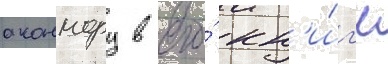
оконнору в его́ кн'и́г'е